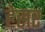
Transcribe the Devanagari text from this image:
हेसर